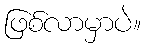
ဖြစ်လာမှာပဲ။